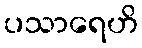
ပသာရေဟိ